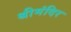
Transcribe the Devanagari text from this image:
श्रीमंदिर